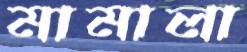
মামালা